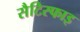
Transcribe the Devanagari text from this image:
सैटिस्फाइ